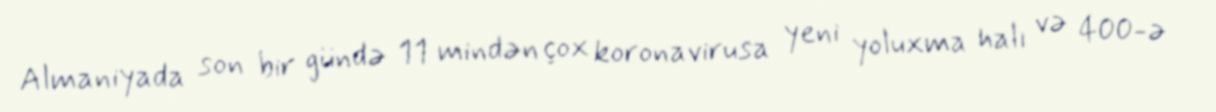
Almaniyada son bir gündə 11 mindən çox koronavirusa yeni yoluxma halı və 400-ə